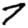
Digit: 7